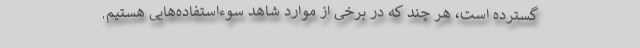
گسترده است، هر چند که در برخی از موارد شاهد سوء‌استفاده‌هایی هستیم.